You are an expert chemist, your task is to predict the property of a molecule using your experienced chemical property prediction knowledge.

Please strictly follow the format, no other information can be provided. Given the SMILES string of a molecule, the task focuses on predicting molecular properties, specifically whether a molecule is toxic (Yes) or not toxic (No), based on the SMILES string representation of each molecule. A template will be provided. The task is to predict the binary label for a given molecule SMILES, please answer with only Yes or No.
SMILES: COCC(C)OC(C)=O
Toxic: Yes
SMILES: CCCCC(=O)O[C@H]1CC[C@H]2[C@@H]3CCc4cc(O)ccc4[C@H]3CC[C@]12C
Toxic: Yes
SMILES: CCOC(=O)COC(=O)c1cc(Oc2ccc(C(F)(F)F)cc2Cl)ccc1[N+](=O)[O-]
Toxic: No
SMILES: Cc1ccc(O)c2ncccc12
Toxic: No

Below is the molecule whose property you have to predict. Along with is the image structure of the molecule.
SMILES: COc1cccc(OC)c1C(=O)N[C@@H]1C(=O)N2[C@@H](C(=O)[O-])C(C)(C)S[C@H]12
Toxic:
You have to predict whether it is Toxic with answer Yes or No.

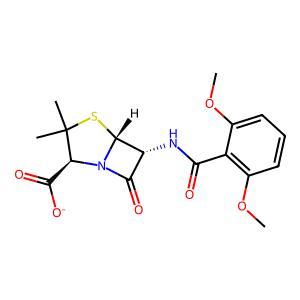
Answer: No